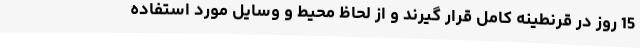
15 روز در قرنطینه کامل قرار گیرند و از لحاظ محیط و وسایل مورد استفاده